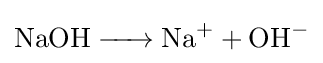
{\ce {NaOH -> Na+ + OH-}}